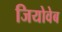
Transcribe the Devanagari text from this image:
जियोवेब